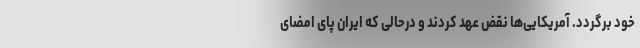
خود برگردد. آمریکایی‌ها نقض عهد کردند و درحالی که ایران پای امضای